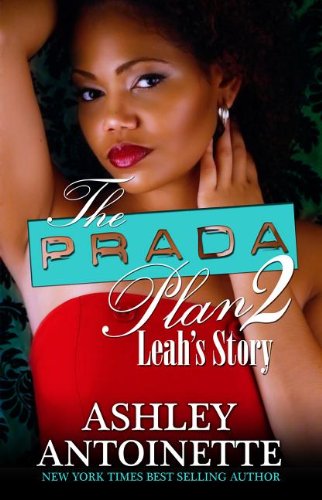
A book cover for The Prada Plan 2; Ashley Antoinette; Literature & Fiction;